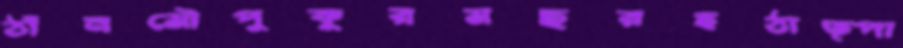
ঠাঁনমৌপুকুরমছরহঠাত্পা